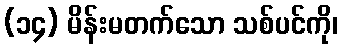
(၁၄) မိန်းမတက်သော သစ်ပင်ကို၊